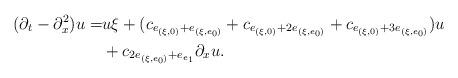
LaTeX: \begin{align*}(\partial_t - \partial_x^2) u = &u\xi+ (c_{e_{(\xi,0)} + e_{(\xi,e_0)}} + c_{e_{(\xi,0)} + 2e_{(\xi,e_0)}} + c_{e_{(\xi,0)} + 3e_{(\xi,e_0)}}) u\\&+ c_{2e_{(\xi,e_0)} + e_{e_1}} \partial_x u.\end{align*}